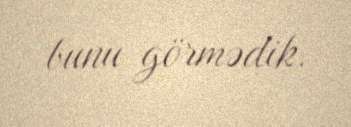
bunu görmədik.